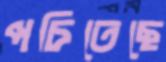
পচিতেছে